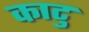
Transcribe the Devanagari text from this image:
काटु